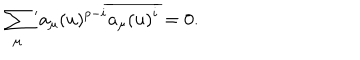
\sum _ { \mu } { } ^ { \prime } a _ { \mu } ( u ) ^ { p - i } \overline { { { a _ { \mu } ( u ) ^ { i } } } } = 0 .